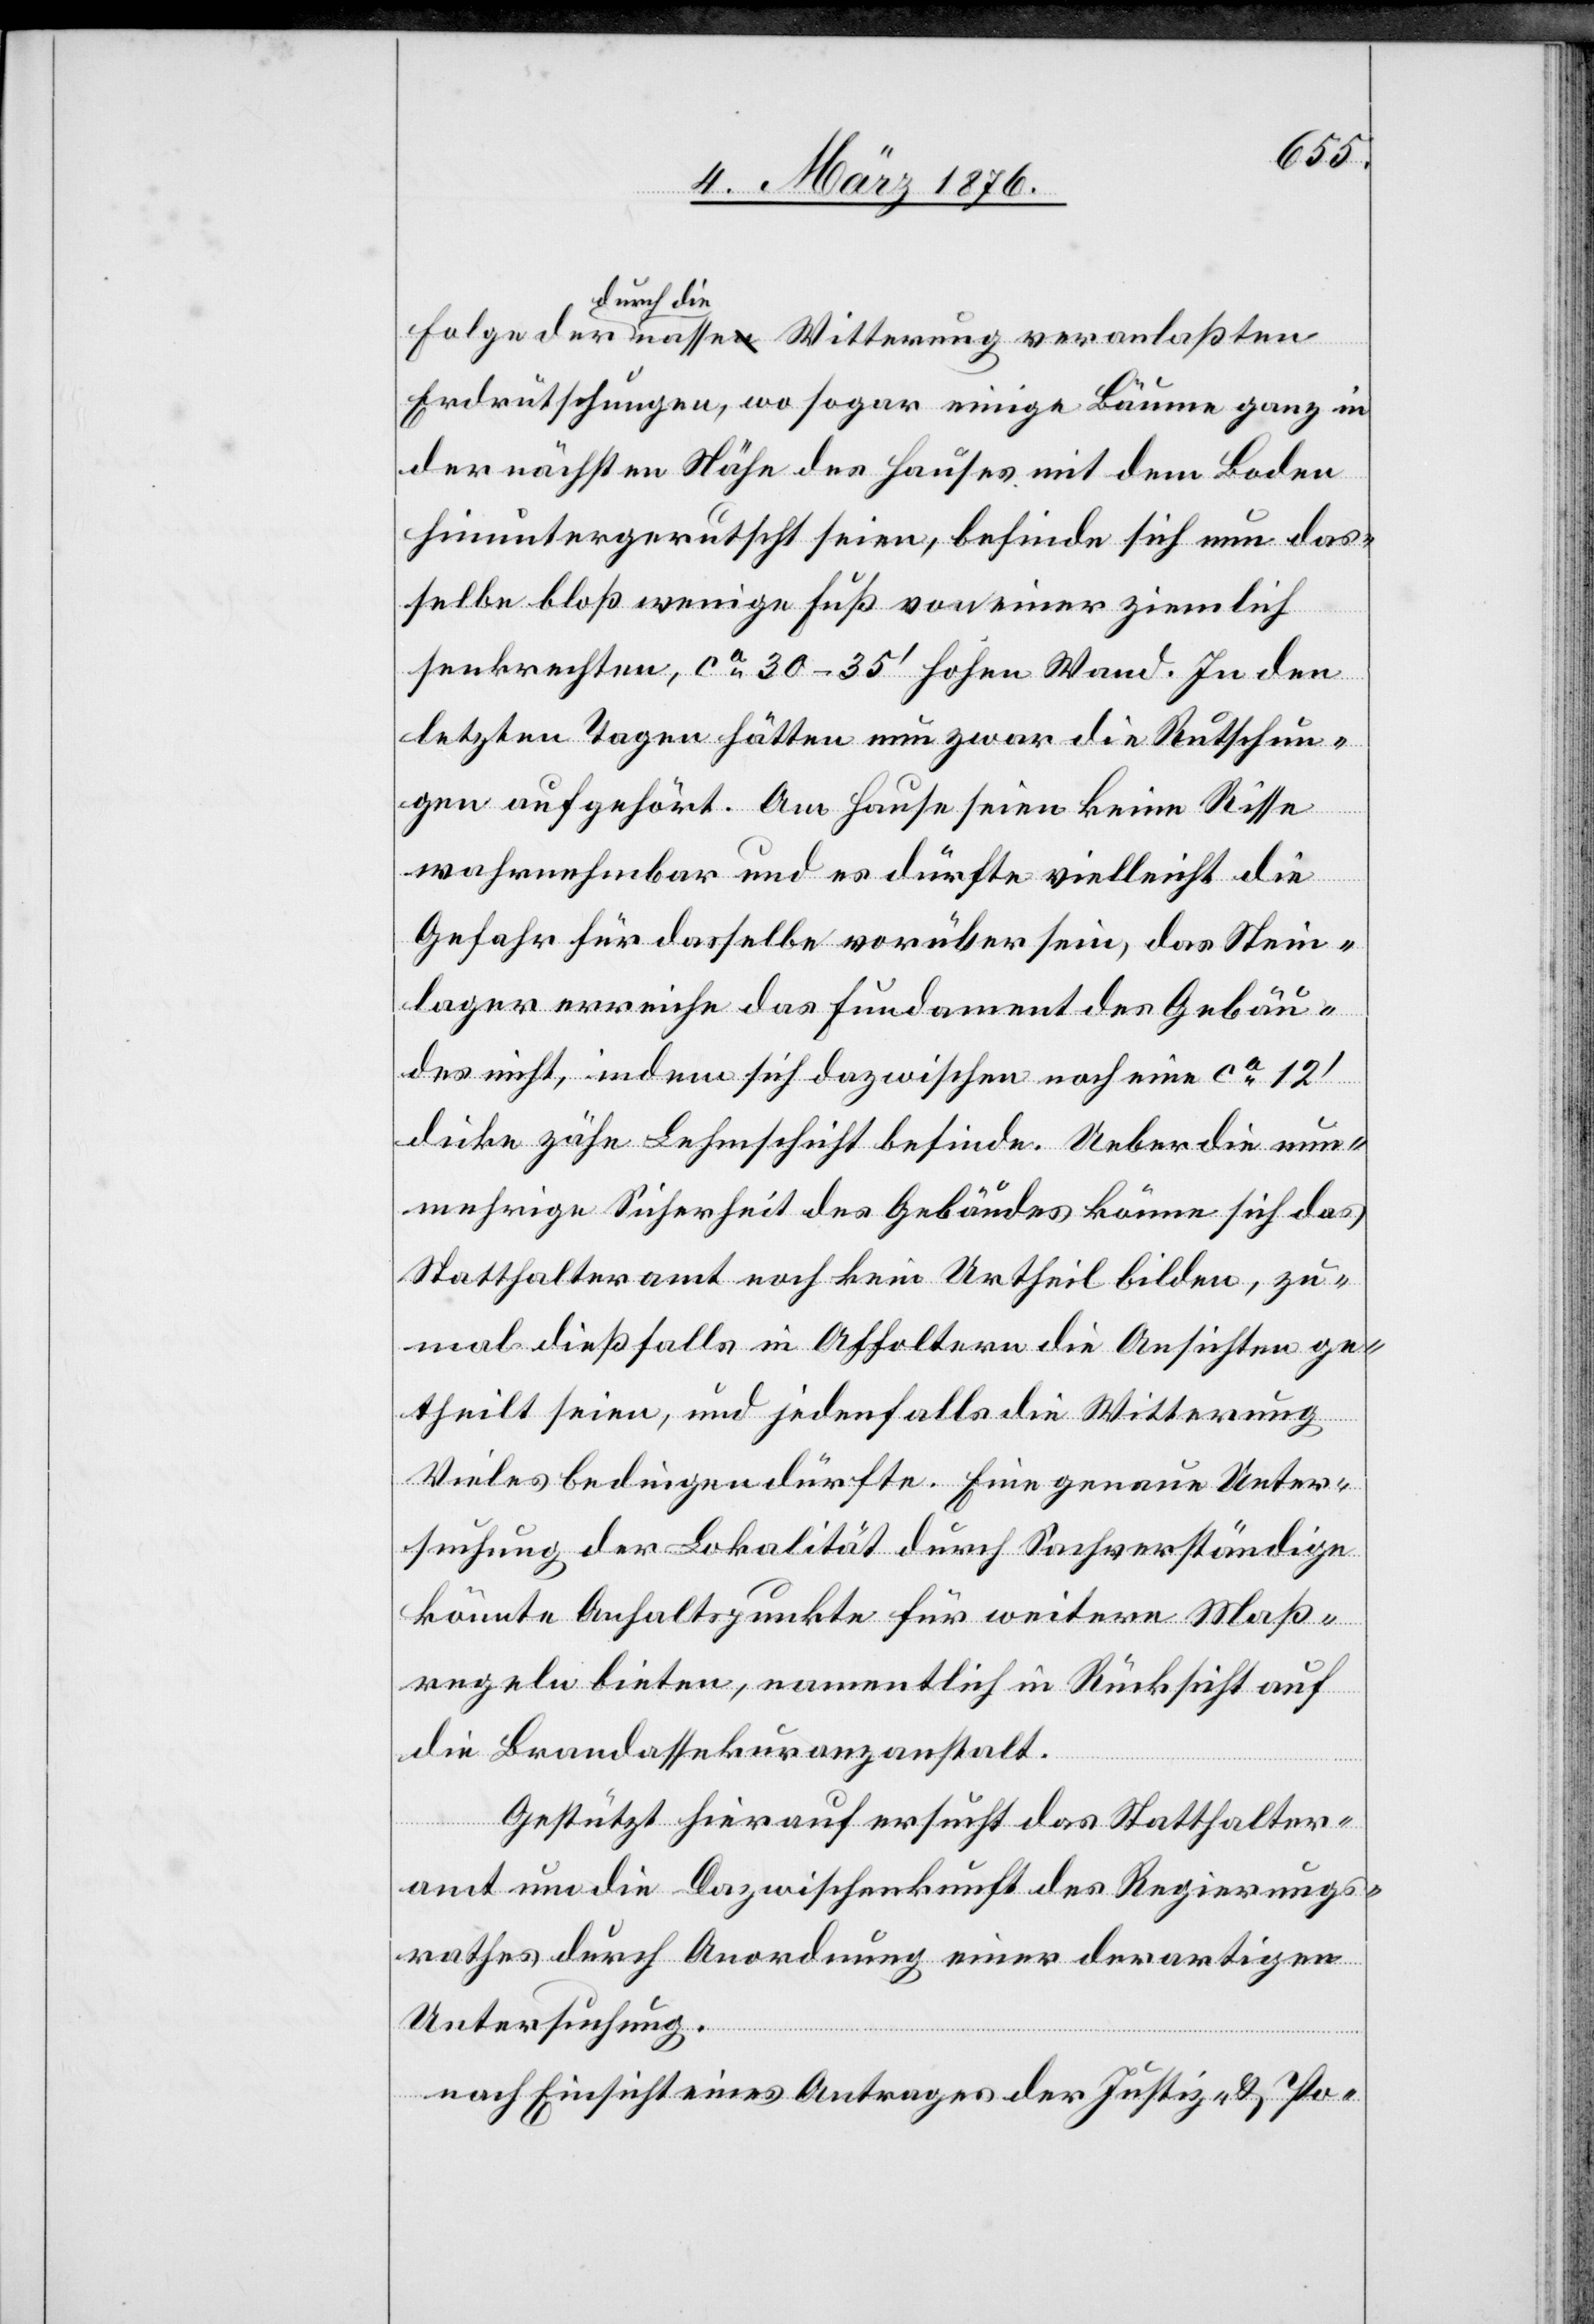
durch die
Erdrutschungen, wo sogar einige Bäume ganz in
der nächsten Nähe des Hauses mit dem Boden
hinuntergerutscht seien, befinde sich nun das¬
selbe bloß wenige Fuß von einer ziemlich
senkrechten, ca 30–35’ hohen Wand. In den
letzten Tagen hätten nun zwar die Rutschun¬
gen aufgehört. Am Hause seien keine Risse
veranlaßten
wahrnehmbar und es dürfte vielleicht die
Gefahr für dasselbe vorüber sein, das Stein¬
lager erreiche das Fundament des Gebäu¬
des nicht, indem sich dazwischen noch eine ca 12’
dicke zähe Lehmschicht befinde. Ueber die nun¬
mehrige Sicherheit des Gebäudes könne sich das
Statthalteramt noch kein Urtheil bilden, zu¬
mal dießfalls in Affoltern die Ansichten ge¬
theilt seien, und jedenfalls die Witterung
Vieles bedingen dürfte. Eine genaue Unter¬
suchung der Lokalität durch Sachverständige
könnte Anhaltspunkte für weitere Maß¬
regeln bieten, namentlich in Rücksicht auf
die Brandassekuranzanstalt.
Gestützt hierauf ersucht das Statthalter¬
amt um die Dazwischenkunft des Regierungs¬
rathes durch Anordnung einer derartigen
Untersuchung.
nach Einsicht eines Antrages der Justiz- & Po-